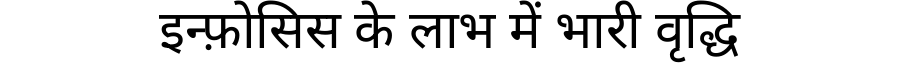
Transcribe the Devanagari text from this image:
इन्फ़ोसिस के लाभ में भारी वृद्धि